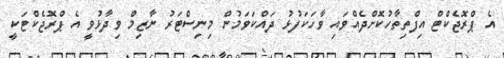
އެ ޕްރޮޖެކްޓް އިފްތިތާހުކޮށްދެއްވައި ވާހަކަފުޅު ދައްކަވަމުން މިނިސްޓަރު ނާޒިމް ވިދާޅުވީ އެ ޕްރޮޖެކްޓަކީ